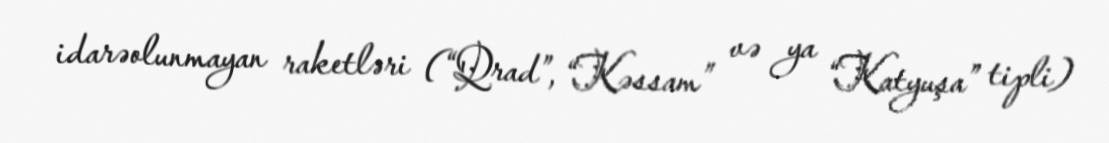
idarəolunmayan raketləri (“Qrad”, “Kəssam” və ya “Katyuşa” tipli)